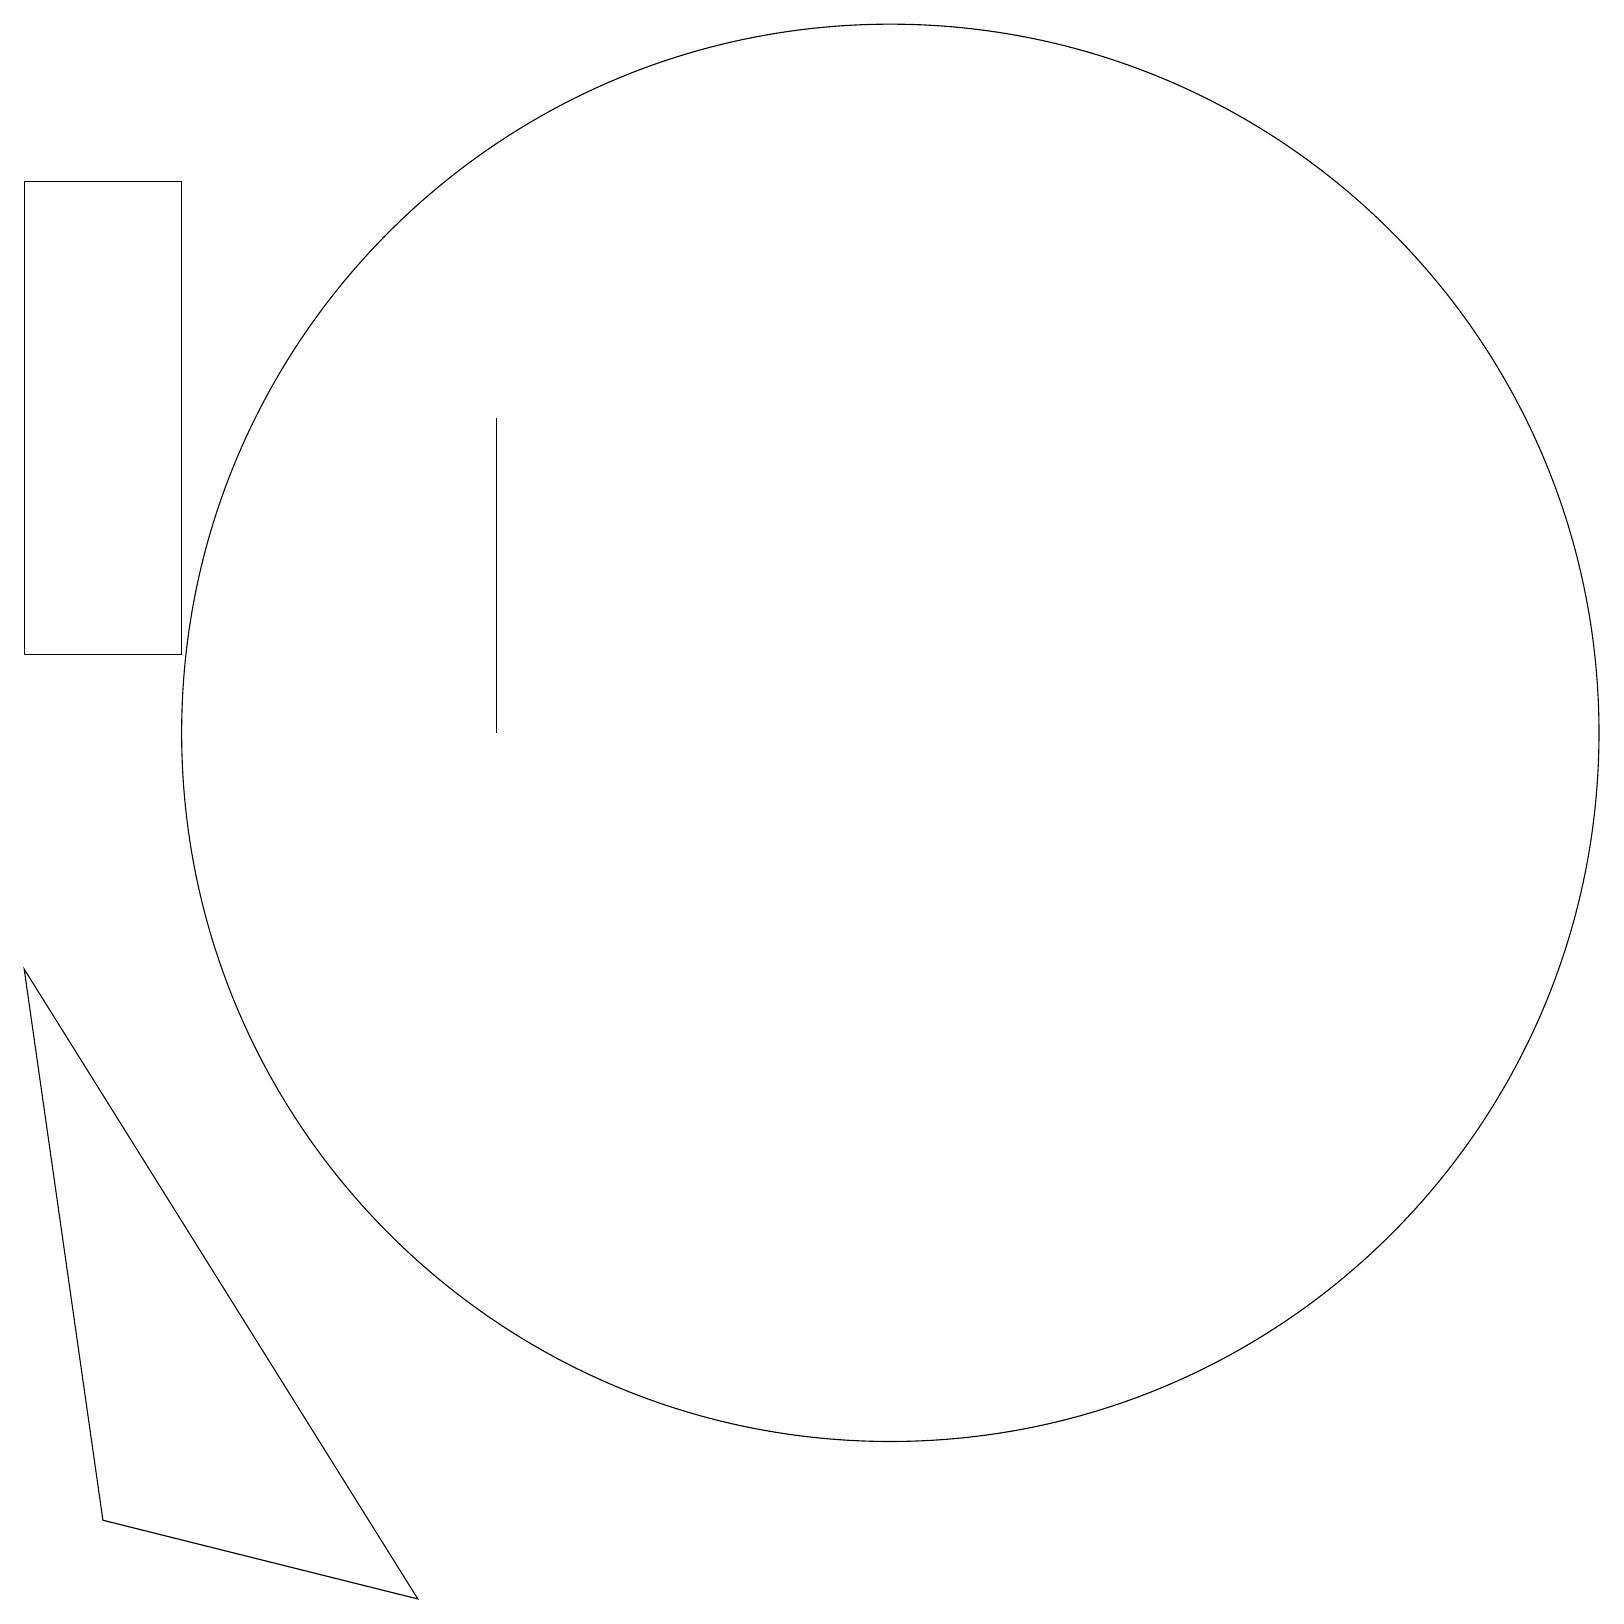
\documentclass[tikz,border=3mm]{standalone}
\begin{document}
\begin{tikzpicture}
\draw (6,11) rectangle (6,15);
\draw (5,0) -- (1,1) -- (0,8) -- cycle;
\draw (11,11) circle (9);
\draw (2,12) rectangle (0,18);
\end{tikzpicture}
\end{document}